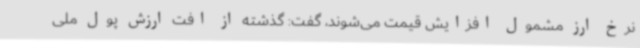
نرخ ارز مشمول افزایش قیمت می‌شوند، گفت: گذشته از افت ارزش پول ملی